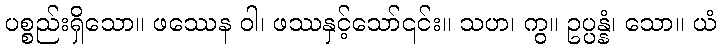
ပစ္စည်းရှိသော။ ဖဿေန ဝါ၊ ဖဿနှင့်သော်၎င်း။ သဟ၊ ကွ။ ဥပ္ပန္နံ၊ သော။ ယံ